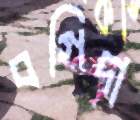
বগিদা